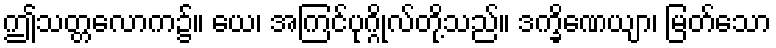
ဤသတ္တလောက၌။ ယေ၊ အကြင်ပုဂ္ဂိုလ်တို့သည်။ ဒက္ခိဏေယျာ၊ မြတ်သော